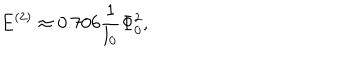
E ^ { ( 2 ) } \approx 0 . 7 0 6 \frac { 1 } { l _ { 0 } } \Phi _ { 0 } ^ { 2 } ,